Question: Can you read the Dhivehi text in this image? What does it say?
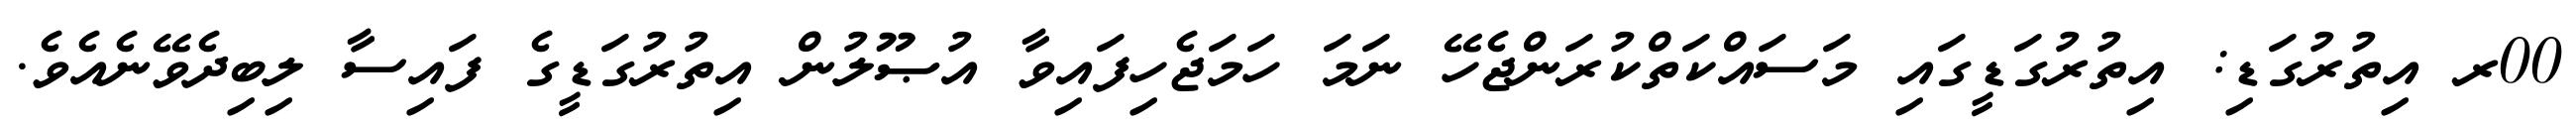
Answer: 00ރ އިތުރުގަޑި: އިތުރުގަޑީގައި މަސައްކަތްކުރަންޖެހޭ ނަމަ ހަމަޖެހިފައިވާ އުޞޫލުން އިތުރުގަޑީގެ ފައިސާ ލިބިދެވޭނެއެވެ.